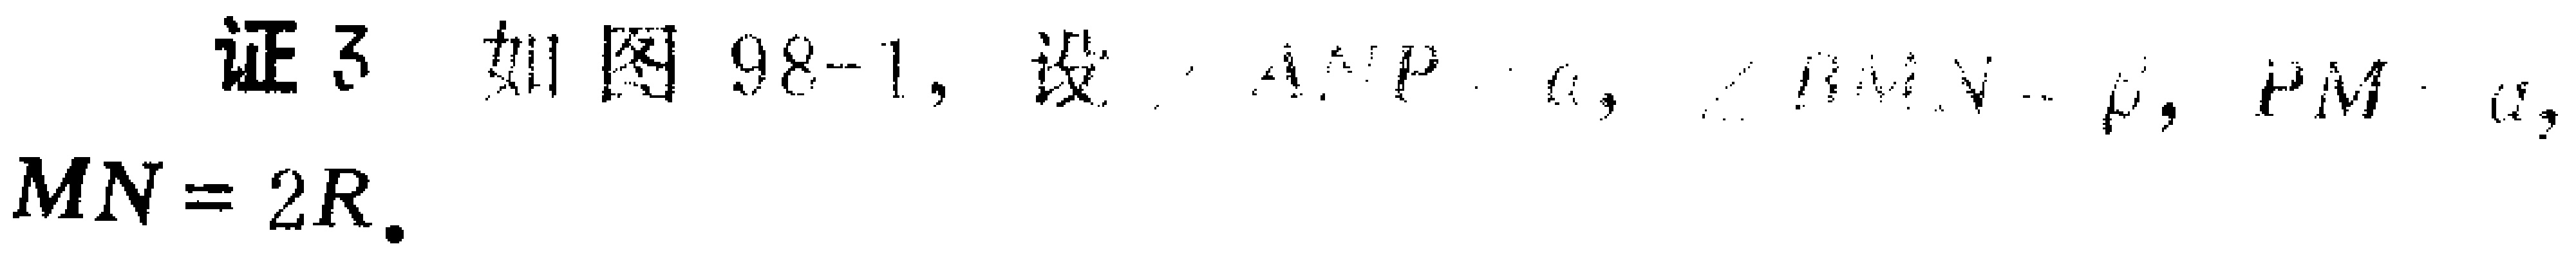
证3. 如图98-1, 设\(\angle AOP = \alpha\), \(\angle MON=\beta\), \(PM = a\), \(MN = 2R\).